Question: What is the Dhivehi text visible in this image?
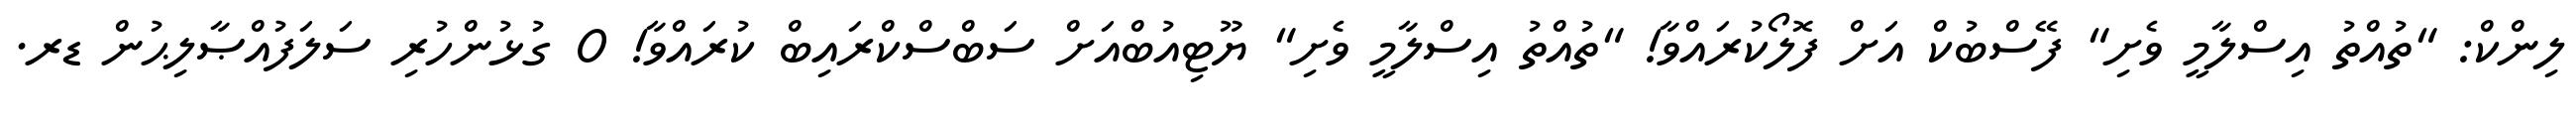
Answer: ލިންކް: "ތުއްތު އިސްލާމީ ވެށި" ފޭސްބުކް އަށް ފޮލޯކުރައްވާ! "ތުއްތު އިސްލާމީ ވެށި" ޔޫޓިއުބްއަށް ސަބްސްކްރައިބް ކުރައްވާ! 0 ގުޅުންހުރި ސަލަފުއްޞާލިޙުން ޑރ.